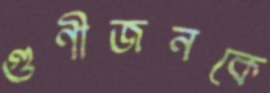
গুণীজনকে